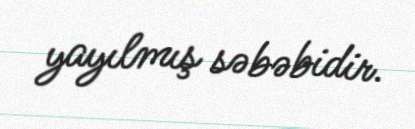
yayılmış səbəbidir.